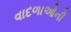
વાદળાઓની